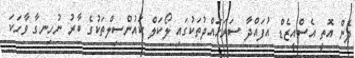
ދެން އޮތީ އެސްއީޒެޑް އުފައްދާ ސަރަހައްދުތަކުގައި ލޯކަލް ކައުންސިލްތަކުގެ ބާރު ނުހިނގާ ވާހަކަ